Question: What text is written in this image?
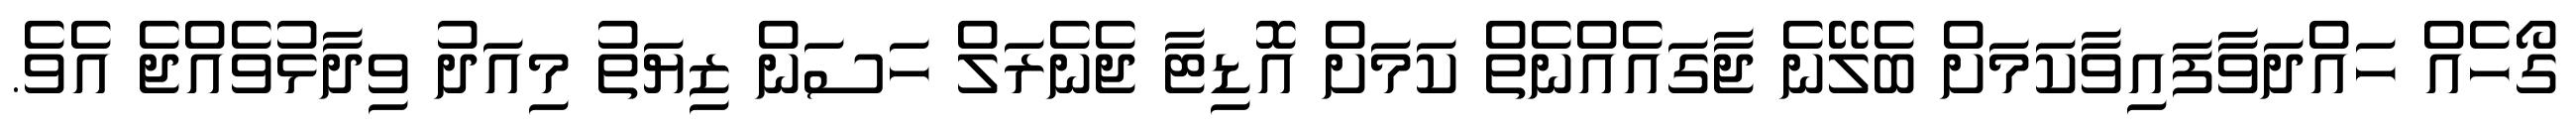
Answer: ގޯހެއް ހައްދަވާފައިވާކަމަށް ބެލޭނެ ޖާގައެއްނެތް ކަމަށް އޮޑިޓާ ޖެނެރަލް ހަސަން ޒިޔަތު މިއަދު ވިދާޅުވެއްޖެ އެވެ.